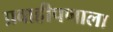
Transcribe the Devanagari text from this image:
प्रवाहीपणाला